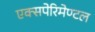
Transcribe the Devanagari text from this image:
एक्सपेरिमेण्टल